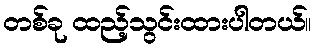
တစ်ခု ထည့်သွင်းထားပါတယ်။